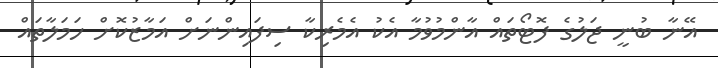
އޭނާ ބުނީ ޖަލުގެ ފޮޓޯތައް އާންމުވުމާ އެކު އެމެރިކާ ސިފައިންނަށް އަމާޒުކޮށް ހަމަލާތައް